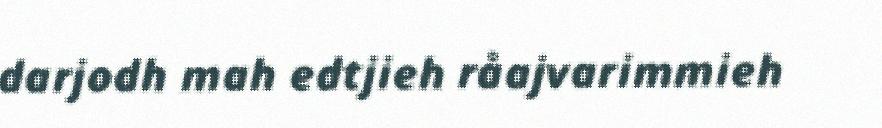
darjodh mah edtjieh råajvarimmieh